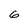
Character: 6